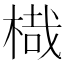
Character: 𣖋